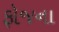
ફોજના